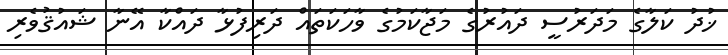
ޚުދު ކަލާގެ މަދަރުސީ ދައުރުގެ މަޖާކަމުގެ ވާހަކަތައް ދަރިފުޅާ ދައްކާ އޭނާ ޝައުޤުވެރި